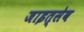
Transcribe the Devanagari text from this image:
जाइत्सेव